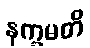
နက္ခမတိ